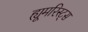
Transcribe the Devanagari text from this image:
ह्यूमरिस्ट्स